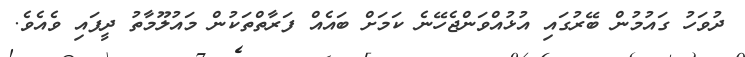
ދުވަހު ގައުމުން ބޭރުގައި އުޅުއްވަންޖެހޭނެ ކަމަށް ބައެއް ފަރާތްތަކުން މައުލޫމާތު ދީފައި ވެއެވެ.